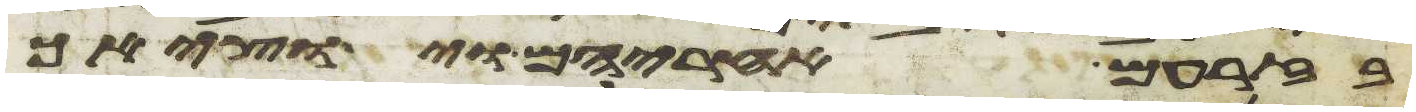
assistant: בזרעם אחריהם ויוציאך